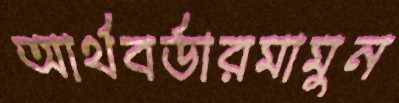
আর্থবর্ডারমামুন